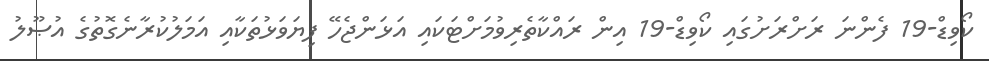
ކޯވިޑް-19 ފެންނަ ރަށްރަށުގައި ކޯވިޑް-19 އިން ރައްކާތެރިވުމަށްޓަކައި އަޅަންޖެހޭ ފިޔަވަޅުތަކާއި އަމަލުކުރާނެގޮތުގެ އުޞޫލު